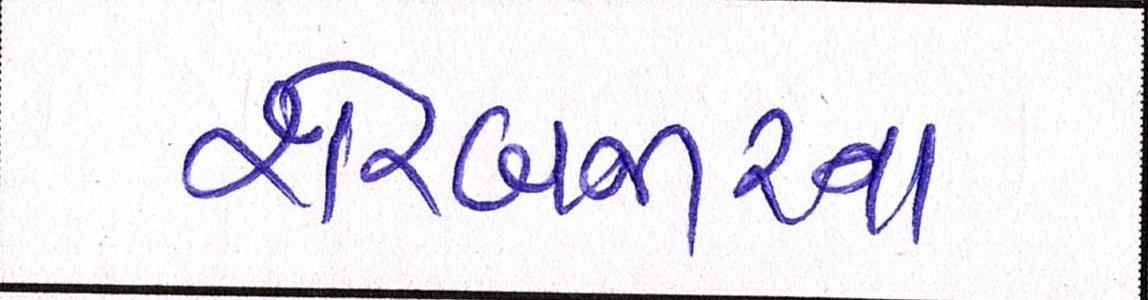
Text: શેરબજારના